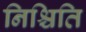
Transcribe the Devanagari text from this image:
निश्चिति